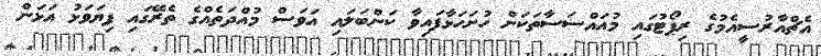
އެޗްއާރުސީއެމުގެ ރިޕޯޓުގައި މުއައްސަސާތަކަށް ހުށަހަޅާފައިވާ ކަންބަލައި އަވަސް މުއްދަތެއްގެ ތެރޭގައި ފިޔަވަޅު އަޅަން